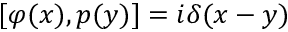
[ \varphi ( x ) , p ( y ) ] = i \delta ( x - y )